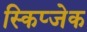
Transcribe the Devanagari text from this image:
स्किप्जेक